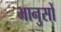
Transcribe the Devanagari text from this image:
भानुसों